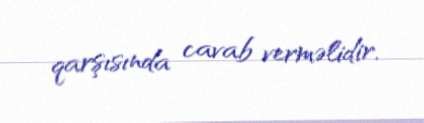
qarşısında cavab verməlidir.